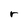
Character: r